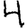
Digit: 4